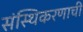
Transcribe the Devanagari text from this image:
संस्थिकरणाची